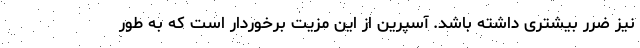
نیز ضرر بیشتری داشته باشد. آسپرین از این مزیت برخوردار است که به طور